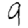
Digit: 9